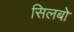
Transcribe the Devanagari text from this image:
सिलबो